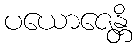
ပယောဇေန္တိ